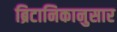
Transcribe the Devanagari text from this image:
ब्रिटानिकानुसार